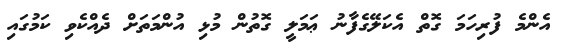
އެންމެ ފުރިހަމަ ގޮތް އެކަލޭގެފާނު ޢަމަލީ ގޮތުން މުޅި އުންމަތަށް ދެއްކެވި ކަމުގައި